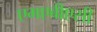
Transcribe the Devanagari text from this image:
एमएबीएसी